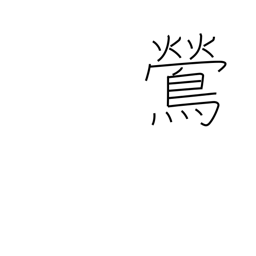
Meaning: nightingale